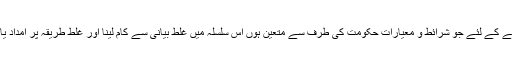
۸- امدادی رقوم یا قرض حاصل کرنے کے لئے جو شرائط و معیارات حکومت کی طرف سے متعین ہوں اس سلسلہ میں غلط بیانی سے کام لینا اور غلط طریقہ پر امداد یا قرض حاصل کرنا درست نہیں ہے۔